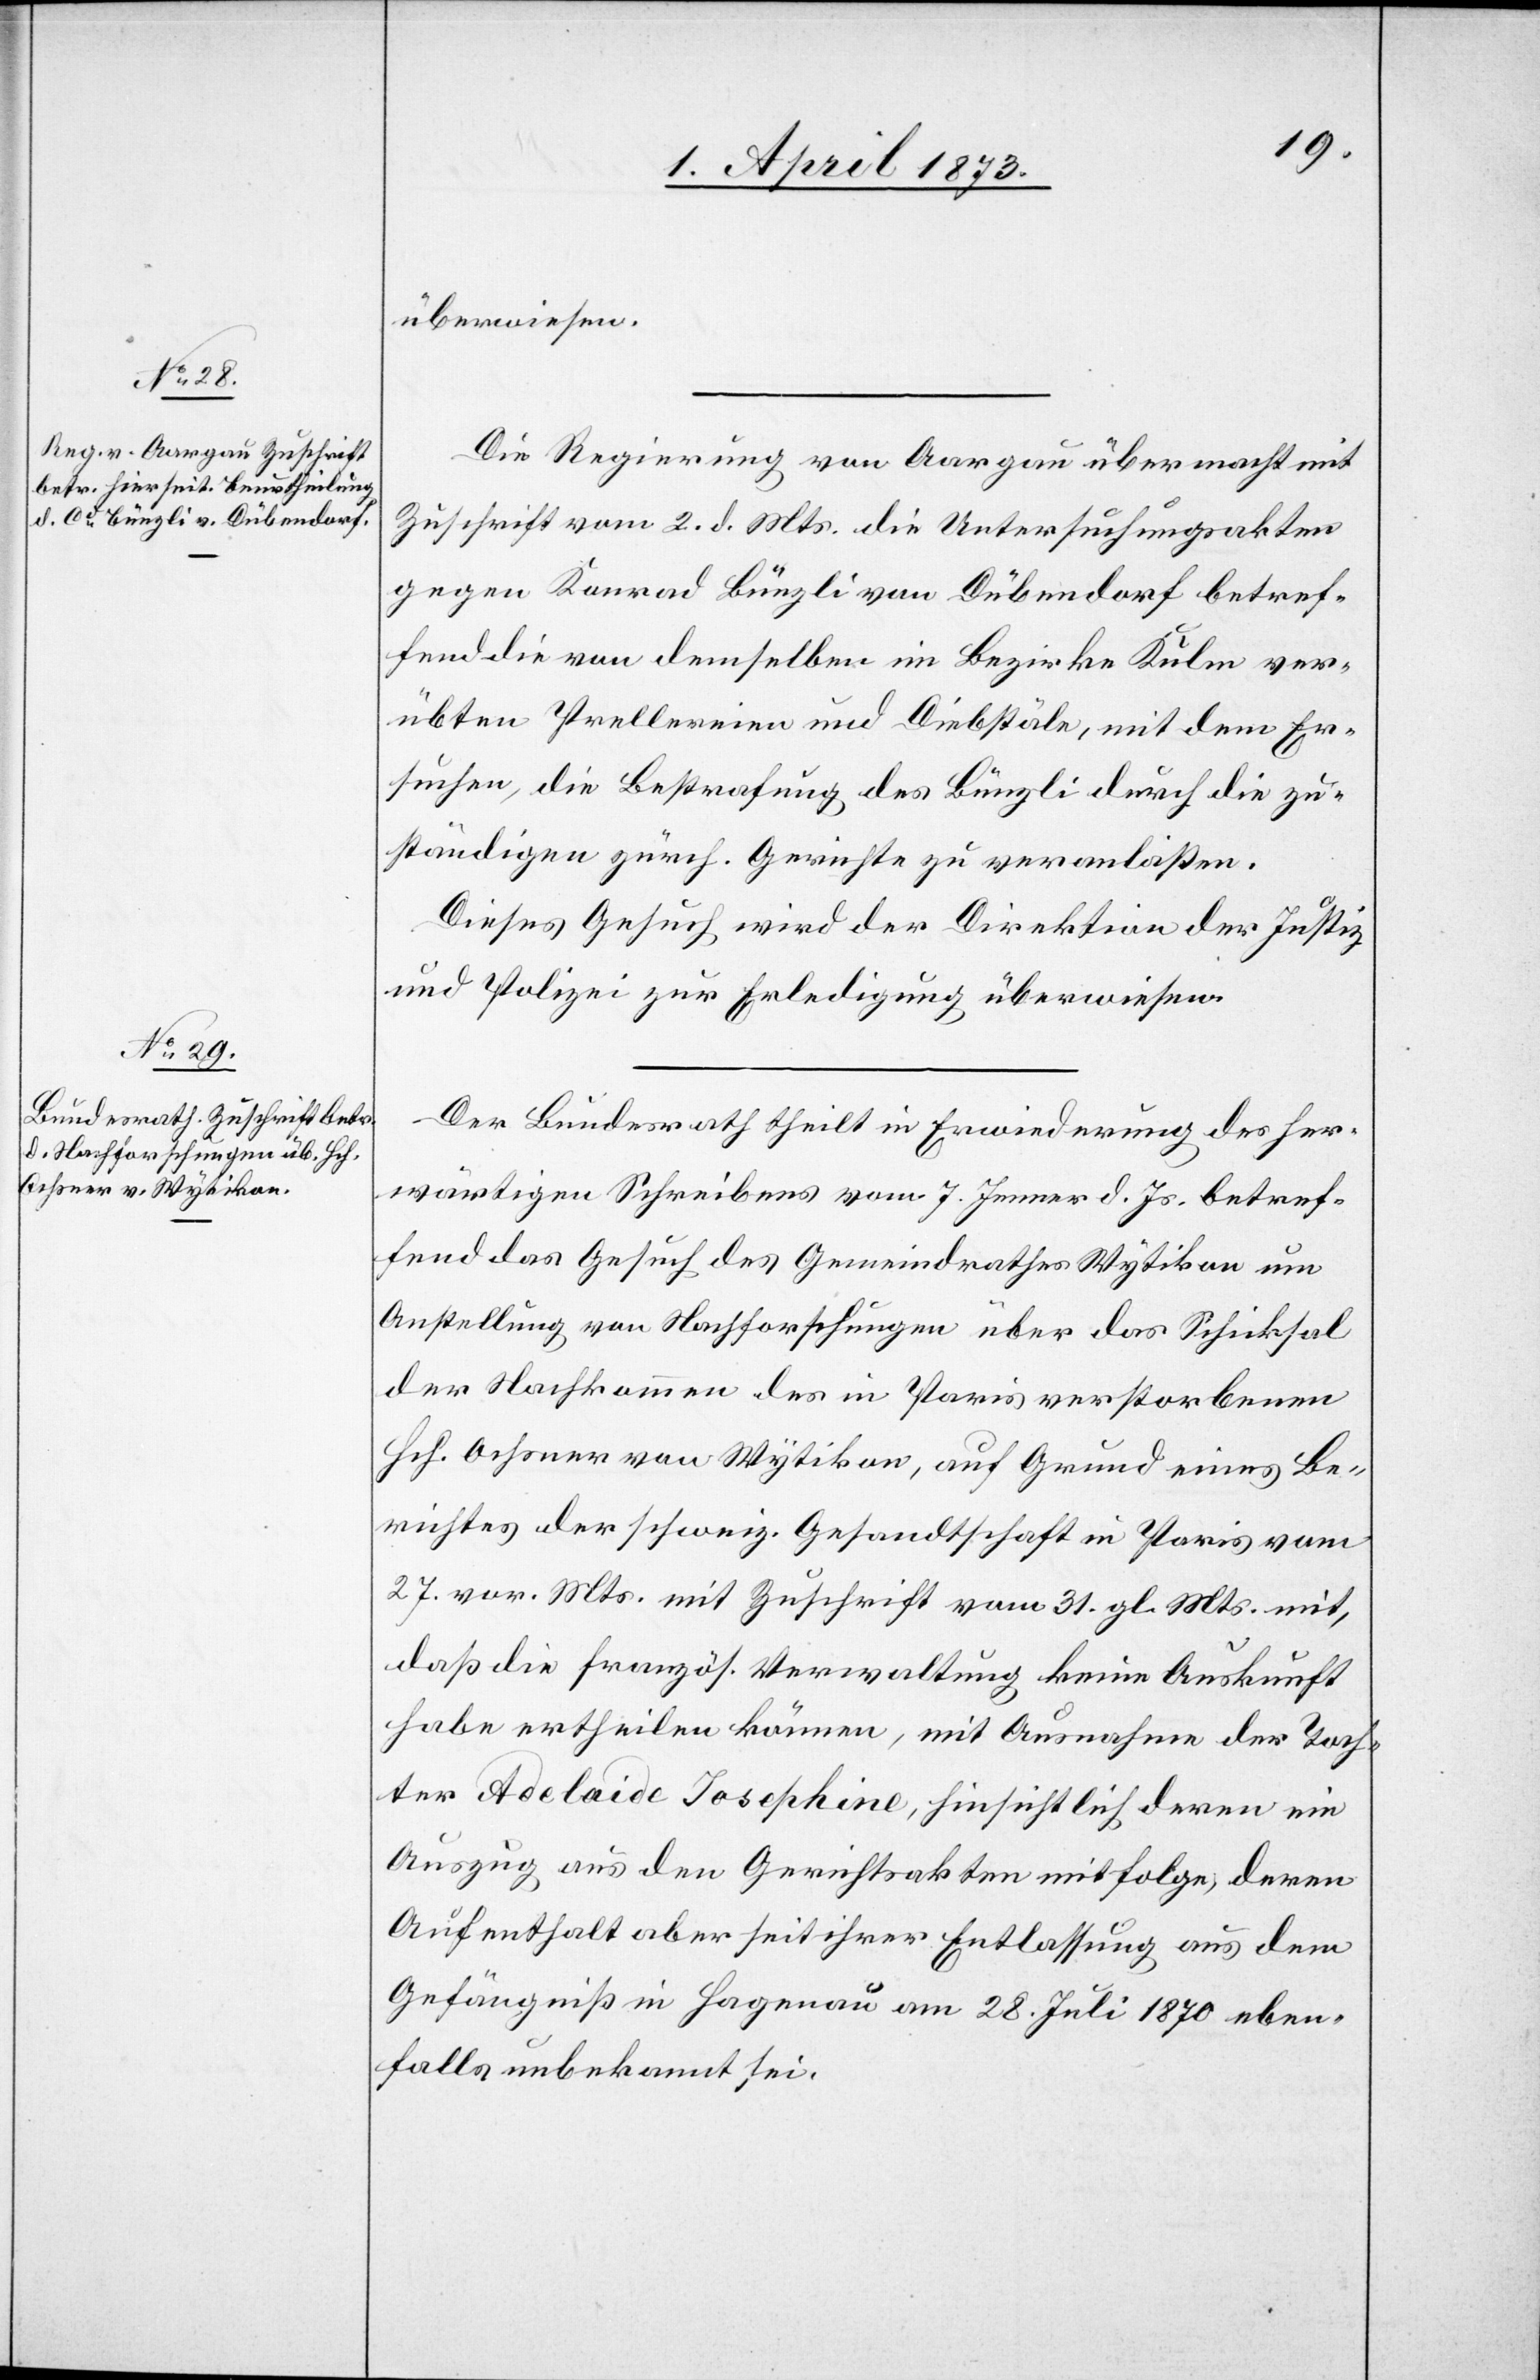
4. April 1873.]
überwiesen.
Die Regierung von Aargau übermacht mit
Zuschrift vom 2. d. Mts. die Untersuchungsakten
gegen Konrad [sic!] Bünzli von Dübendorf betref¬
fend die von demselben im Bezirke Kulm ver¬
übten Prellereien und Diebstäle, mit dem Er¬
suchen, die Bestrafung des Bünzli durch die zu¬
ständigen zürch. Gerichte zu veranlaßen.
Diese Gesuch wird der Direktion der Justiz
u. Polizei zur Erledigung überwiesen.
Der Bundesrath theilt in Erwiederung des her¬
wärtigen Schreibens vom 7. Jenner d. Js. betref¬
fend das Gesuch des Gemeindrathes Wytikon um
Anstellung von Nachforschungen über das Schicksal
der Nachkommen des in Paris verstorbenen
Hch. Ochsner von Wytikon, auf Grund eines Be¬
richtes der schweiz. Gesandtschaft in Paris vom
27. vor. Mts. mit Zuschrift vom 31. gl. Mts. mit,
daß die französ. Verwaltung keine Auskunft
habe ertheilen können, mit Ausnahme der Toch¬
ter Adelaide Josephine, hinsichtlich deren ein
Auszug aus den Gerichtsakten mitfolge, deren
Aufenthalt aber seit ihrer Entlassung aus dem
Gefängniß in Hagenau am 28. Juli 1870 eben¬
falls unbekannt sei.